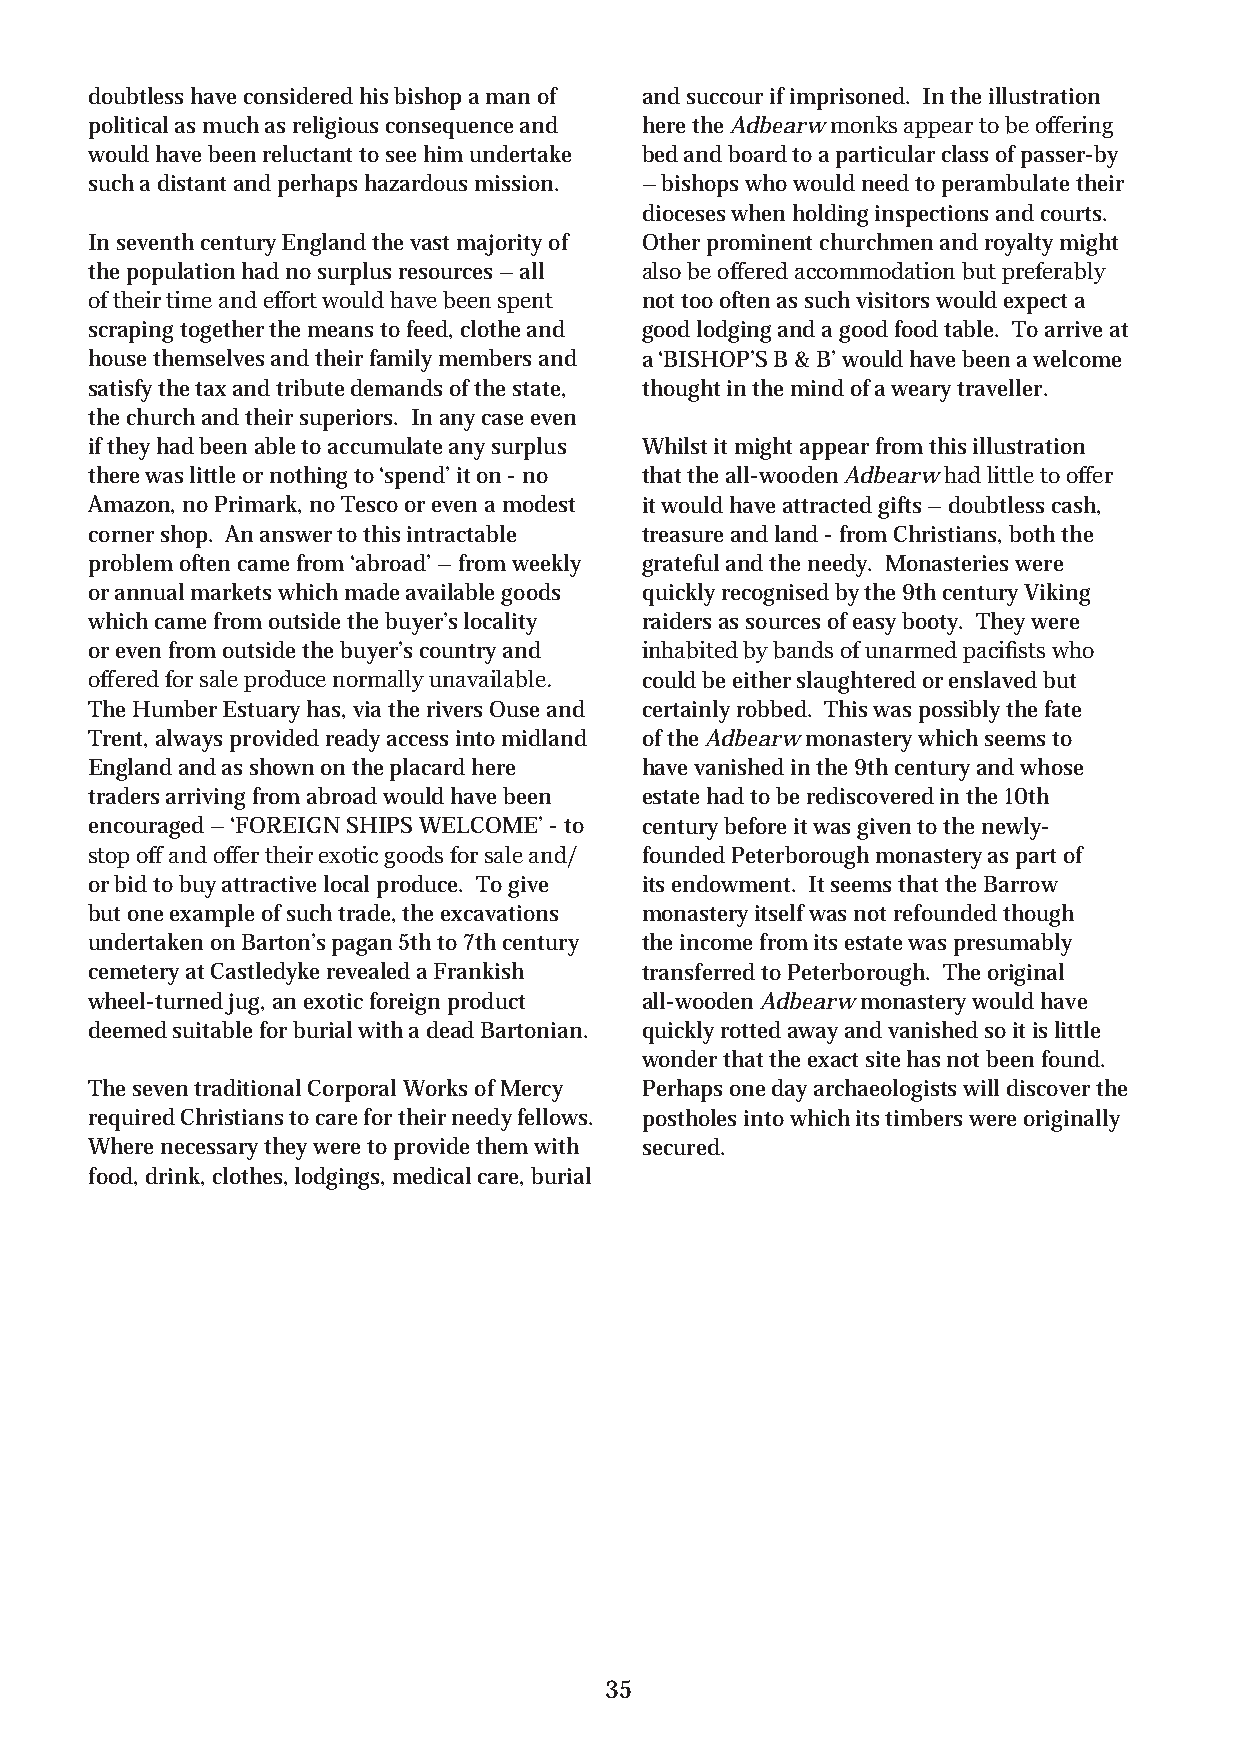
doubtless have considered his bishop a man of and succour if imprisoned. In the illustration
 political as much as religious consequence and here the Adbearw monks appear to be offering
 would have been reluctant to see him undertake bed and board to a particular class of passer-by
 such a distant and perhaps hazardous mission. – bishops who would need to perambulate their
 dioceses when holding inspections and courts.
 In seventh century England the vast majority of Other prominent churchmen and royalty might
 the population had no surplus resources – all also be offered accommodation but preferably
 of their time and effort would have been spent not too often as such visitors would expect a
 scraping together the means to feed, clothe and good lodging and a good food table. To arrive at
 house themselves and their family members and a ‘BISHOP’S B & B’ would have been a welcome
 satisfy the tax and tribute demands of the state, thought in the mind of a weary traveller.
 the church and their superiors. In any case even
 if they had been able to accumulate any surplus Whilst it might appear from this illustration
 there was little or nothing to ‘spend’ it on - no that the all-wooden Adbearw had little to offer
 Amazon, no Primark, no Tesco or even a modest it would have attracted gifts – doubtless cash,
 corner shop. An answer to this intractable treasure and land - from Christians, both the
 problem often came from ‘abroad’ – from weekly grateful and the needy. Monasteries were
 or annual markets which made available goods quickly recognised by the 9th century Viking
 which came from outside the buyer’s locality raiders as sources of easy booty. They were
 or even from outside the buyer’s country and inhabited by bands of unarmed pacifists who
 offered for sale produce normally unavailable. could be either slaughtered or enslaved but
 The Humber Estuary has, via the rivers Ouse and certainly robbed. This was possibly the fate
 Trent, always provided ready access into midland of the Adbearw monastery which seems to
 England and as shown on the placard here have vanished in the 9th century and whose
 traders arriving from abroad would have been estate had to be rediscovered in the 10th
 encouraged – ‘FOREIGN SHIPS WELCOME’ - to century before it was given to the newly-
 stop off and offer their exotic goods for sale and/ founded Peterborough monastery as part of
 or bid to buy attractive local produce. To give its endowment. It seems that the Barrow
 but one example of such trade, the excavations monastery itself was not refounded though
 undertaken on Barton’s pagan 5th to 7th century the income from its estate was presumably
 cemetery at Castledyke revealed a Frankish transferred to Peterborough. The original
 wheel-turned jug, an exotic foreign product all-wooden Adbearw monastery would have
 deemed suitable for burial with a dead Bartonian. quickly rotted away and vanished so it is little
 wonder that the exact site has not been found.
 The seven traditional Corporal Works of Mercy Perhaps one day archaeologists will discover the
 required Christians to care for their needy fellows. postholes into which its timbers were originally
 Where necessary they were to provide them with secured.
 food, drink, clothes, lodgings, medical care, burial
 35
 mixam - Assets Server on 2021-06-21, 17:06 order: 623181
 ]mm0.792
 X
 mm0.012[
 fdp.degrem
 :eliF
 -
 tnorF
 53
 :teehS